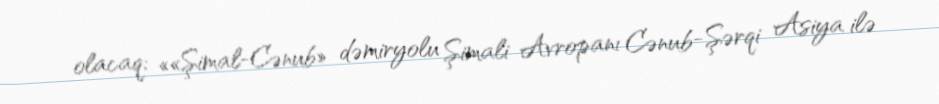
olacaq: ««Şimal-Cənub» dəmiryolu Şimali Avropanı Cənub-Şərqi Asiya ilə